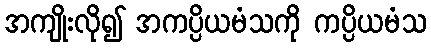
အကျိုးလို၍ အကပ္ပိယမံသကို ကပ္ပိယမံသ